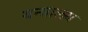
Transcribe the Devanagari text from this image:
यन्त्रालय